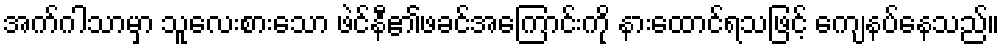
အက်ဂါသာမှာ သူလေးစားသော ဖဲင်နီ၏ဖခင်အကြောင်းကို နားထောင်ရသဖြင့် ကျေနပ်နေသည်။